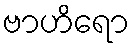
ဗာဟိရော